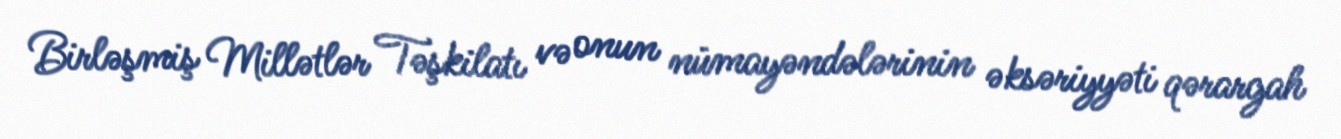
Birləşmiş Millətlər Təşkilatı və onun nümayəndələrinin əksəriyyəti qərargah